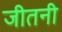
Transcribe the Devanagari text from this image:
जीतनी